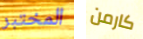
المختبر كارمن